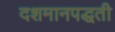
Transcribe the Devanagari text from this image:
दशमानपद्धती